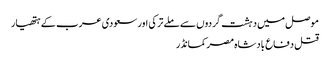
موصل میں دہشت گردوں سے ملے ترکی اور سعودی عرب کے ہتھیار
قتل دفاع بادشاہ مصر کمانڈر